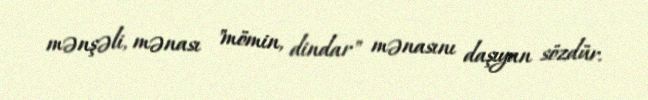
mənşəli, mənası "mömin, dindar" mənasını daşıyan sözdür.